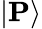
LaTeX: |\mathbf{P}\rangle